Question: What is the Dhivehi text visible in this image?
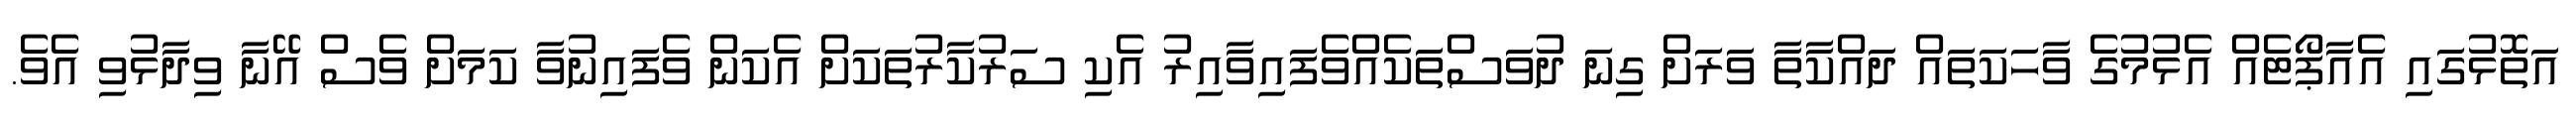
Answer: އަތޮޅުގައި އެއާޕޯޓެއް އެޅުމުގެ ވާހަކަތައް ދައްކާތާ ވަރަށް ގިނަ ދުވަސްތަކެއްވެފައިވާއިރު އެކި ސަރުކާރުތަކަށް އެކަން ވެފައިނުވާ ކަމަށް ވެސް އޭނާ ވިދާޅުވި އެވެ.